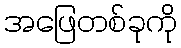
အဖြေတစ်ခုကို